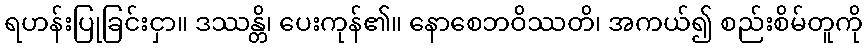
ရဟန်းပြုခြင်းငှာ။ ဒဿန္တိ၊ ပေးကုန်၏။ နောစေဘဝိဿတိ၊ အကယ်၍ စည်းစိမ်တူကို